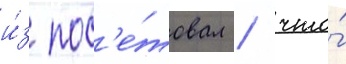
и́з пос'е́товал / что́